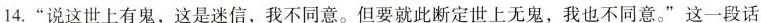
14.”说这世上有鬼，这是迷信，我不同意。但要就此断定世上无鬼，我也不同意。”这一段话